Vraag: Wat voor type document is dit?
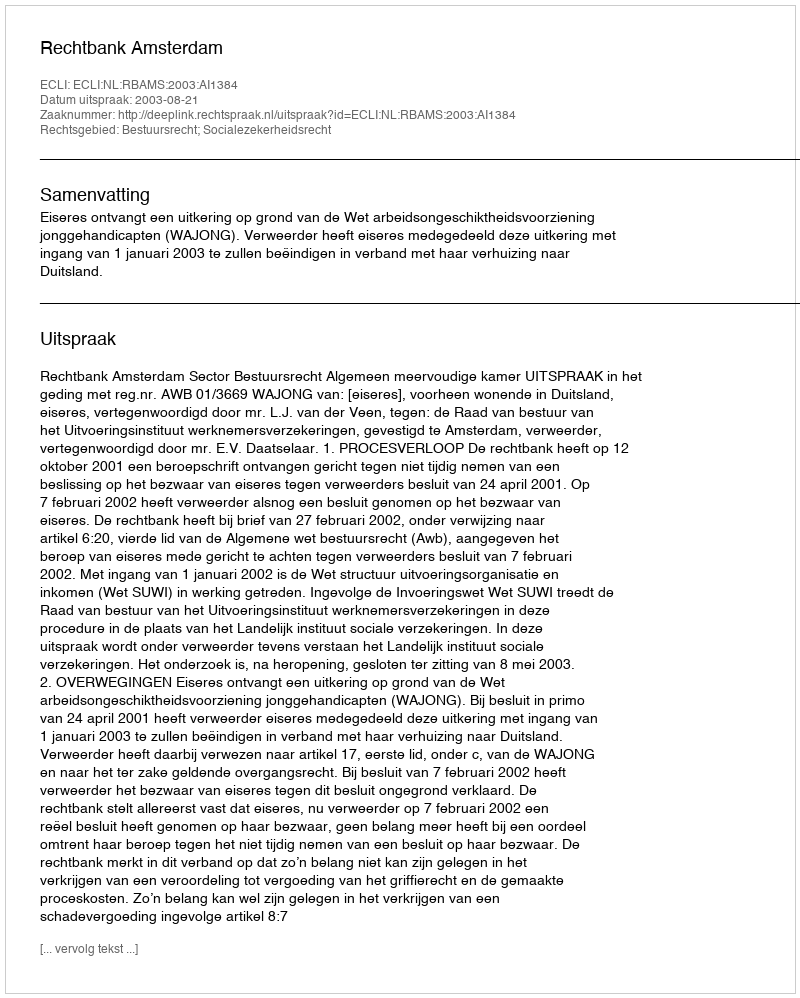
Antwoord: Uitspraak